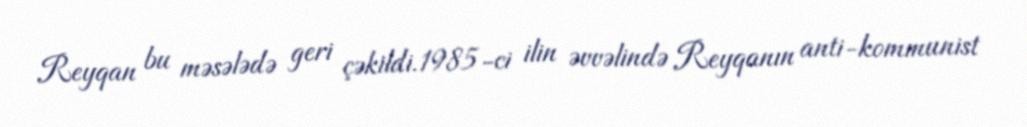
Reyqan bu məsələdə geri çəkildi.1985-ci ilin əvvəlində Reyqanın anti-kommunist